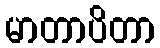
မာတာပိတာ